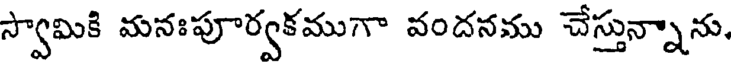
స్వామికి మనఃపూర్వకముగా వందనము చేస్తున్నాను,